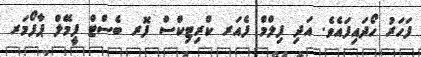
ފަހަރު ހޯދައިފައެވެ. އަދި ފިލްމް ފެއަރ ކްރިޓިކްސް ފޮރ ބެސްޓް ފީމޭލް ޕާފޯމަރ